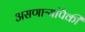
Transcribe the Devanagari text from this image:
असणाऱ्यांपैकी